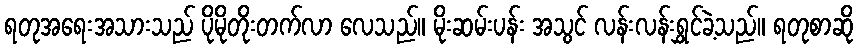
ရတုအရေးအသားသည် ပိုမိုတိုးတက်လာ လေသည်။ မိုးဆမ်းပန်း အသွင် လန်းလန်းရွှင်ခဲ့သည်။ ရတုစာဆို